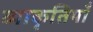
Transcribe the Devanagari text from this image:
व्याकृतियाँ